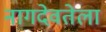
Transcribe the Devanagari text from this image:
नागदेवतेला